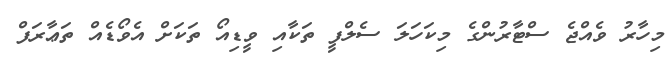
މިހާރު ވެއްޖެ ސްޓާރުންގެ މިކަހަލަ ސެލްފީ ތަކާއި ވީޑިއޯ ތަކަށް އެވޯޑެއް ތަޢާރަފް